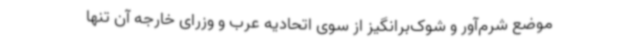
موضع شرم‌آور و شوک‌برانگیز از سوی اتحادیه عرب و وزرای خارجه آن تنها